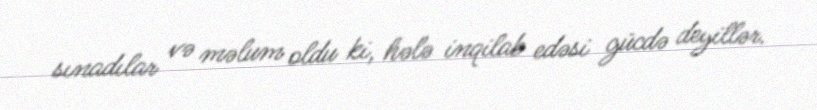
sınadılar və məlum oldu ki, hələ inqilab edəsi gücdə deyillər.